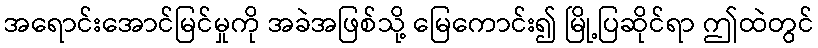
အရောင်းအောင်မြင်မှုကို အခဲအဖြစ်သို့ မြေကောင်း၍ မြို့ပြဆိုင်ရာ ဤထဲတွင်